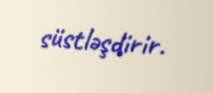
süstləşdirir.